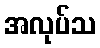
အလုပ်သ